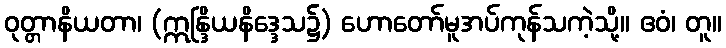
ဝုတ္တာနိယတာ၊ (ဣန္ဒြိယနိဒ္ဒေသ၌) ဟောတော်မူအပ်ကုန်သကဲ့သို့။ ဧဝံ၊ တူ။